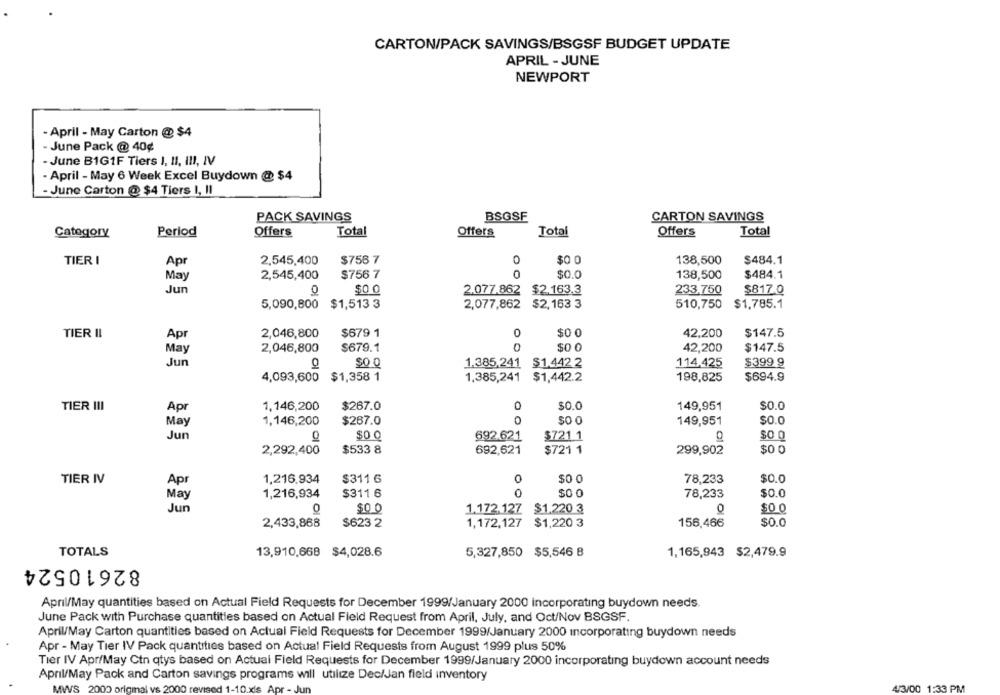
CARTON/PACK SAVINGS/BSGSF BUDGET UPDATE
APRIL - JUNE
NEWPORT
- April - May Carton @ $4
- June Pack @ 40¢
- June B1G1F Tiers I, II, III, IV
- April - May 6 Week Excel Buydown @ $4
- June Carton @ $4 Tiers I, II
PACK SAVINGS
BSGSE
CARTON SAVINGS
Category
Period
Offers
Total
Offers
Total
Offers
Total
TIER I
Apr
2.545,400
$756 7
0
$0 0
138,500
$484.1
May
2,545,400
$756 7
0
$0.0
138,500
$484.1
Jun
0
$0 0
2.077.862 $2.163.3
233,750
$817.0
5,090,800
$1,513 3
2,077,862 $2,163 3
510,750 $1,785.1
TIER II
Apr
2,046,800
$679 1
0
$0 0
42,200
$147.5
2,046,800
$679.1
$0 0
42,200
$147.5
May
Jun
$0 0
1.385,241 $1,4422
114,425
$399.9
4,093,600
$1,358 1
1,385,241 $1,442.2
198,825
$694.9
TIER III
Apr
1,146,200
$267.0
O
$0.0
149,951
$0.0
May
1,146,200
$267.0
50 0
149,951
$0.0
Jun
$0 0
692.621
$721 1
0
$0 0
2,292,400
$533 8
692,621
$721 1
299,902
$0 0
TIER IV
1,216.934
$3116
$0 0
78,233
$0.0
Apr
1,216,934
$3116
0
$0 0
78,233
$0.0
May
Jun
0
$0.0
$0 0
1.172,127
$1,220 3
O
2,433,868
$623 2
1,172,127
$1,220 3
156,466
$0.0
TOTALS
13,910,668 $4,028.6
5,327,850 $5,546 B
1,165,943 $2,479.9
82610524
April/May quantities based on Actual Field Requests for December 1999/January 2000 incorporating buydown needs.
June Pack with Purchase quantities based on Actual Field Request from April, July, and Oct/Nov BSGSF.
April/May Carton quantities based on Actual Field Requests for December 1999/January 2000 incorporating buydown needs
Apr - May Tier IV Pack quantities based on Actual Field Requests from August 1999 plus 50%
Tier IV Apr/May Ctn qtys based on Actual Field Requests for December 1999/January 2000 incorporating buydown account needs
April/May Pack and Carton savings programs will utilize Dec/Jan field inventory
4/3/00 1:33 PM
MWS 2000 orl
s 2000 revised 1-10.xis